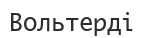
Вольтерді